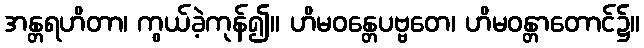
အန္တရဟိတာ၊ ကွယ်ခဲ့ကုန်၍။ ဟိမဝန္တေပဗ္ဗတေ၊ ဟိမဝန္တာတောင်၌။